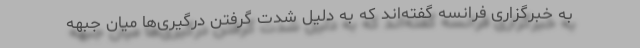
به خبرگزاری فرانسه گفته‌اند که به دلیل شدت گرفتن درگیری‌ها میان جبهه